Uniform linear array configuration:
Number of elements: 16
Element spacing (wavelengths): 0.5
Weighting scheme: exponential
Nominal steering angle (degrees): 0
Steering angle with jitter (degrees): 1.778
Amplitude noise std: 0.05
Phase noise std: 0.05

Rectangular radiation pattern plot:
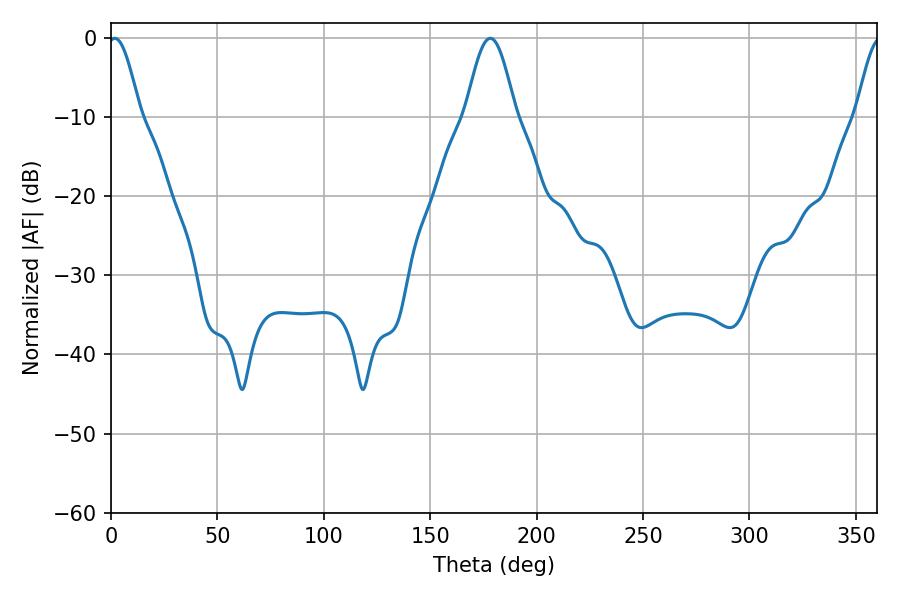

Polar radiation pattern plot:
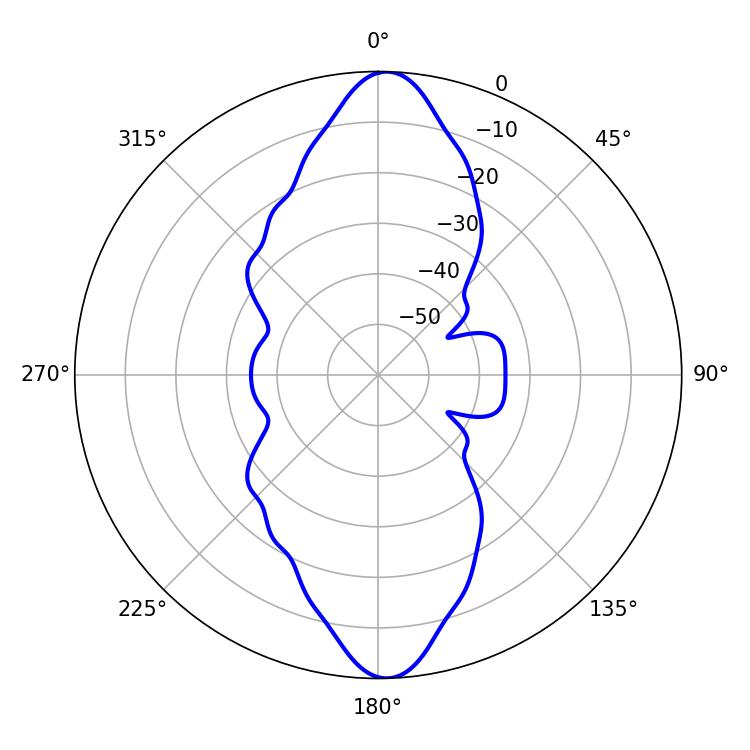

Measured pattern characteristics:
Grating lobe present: FALSE
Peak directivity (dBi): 21.354
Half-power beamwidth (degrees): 8.1
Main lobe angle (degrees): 1.8